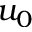
u _ { 0 }